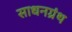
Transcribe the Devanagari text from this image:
साधनग्रंथ